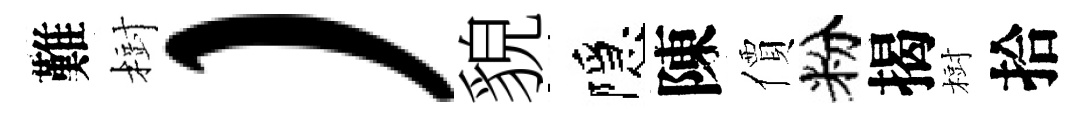
難𣗳）貌隱陳價粉揭𣗳拾